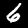
Digit: 6